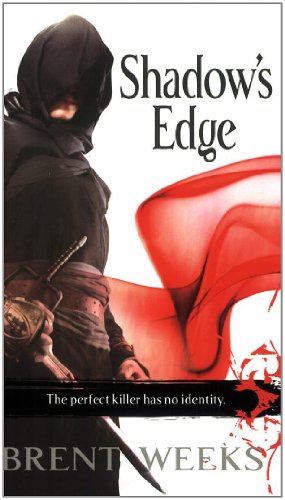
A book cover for Shadow's Edge: The Night Angel Trilogy, 2; Brent Weeks; Literature & Fiction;